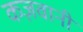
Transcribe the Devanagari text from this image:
कज़वानी